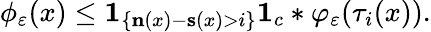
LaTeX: \phi_{\varepsilon}(x)\leq\mathbf{1}_{\left\{ \mathbf{n}(x)-\mathbf{s}(x)>i\right\} }\mathbf{1}_{{c}}*\varphi_{\varepsilon}(\tau_{i}(x)).